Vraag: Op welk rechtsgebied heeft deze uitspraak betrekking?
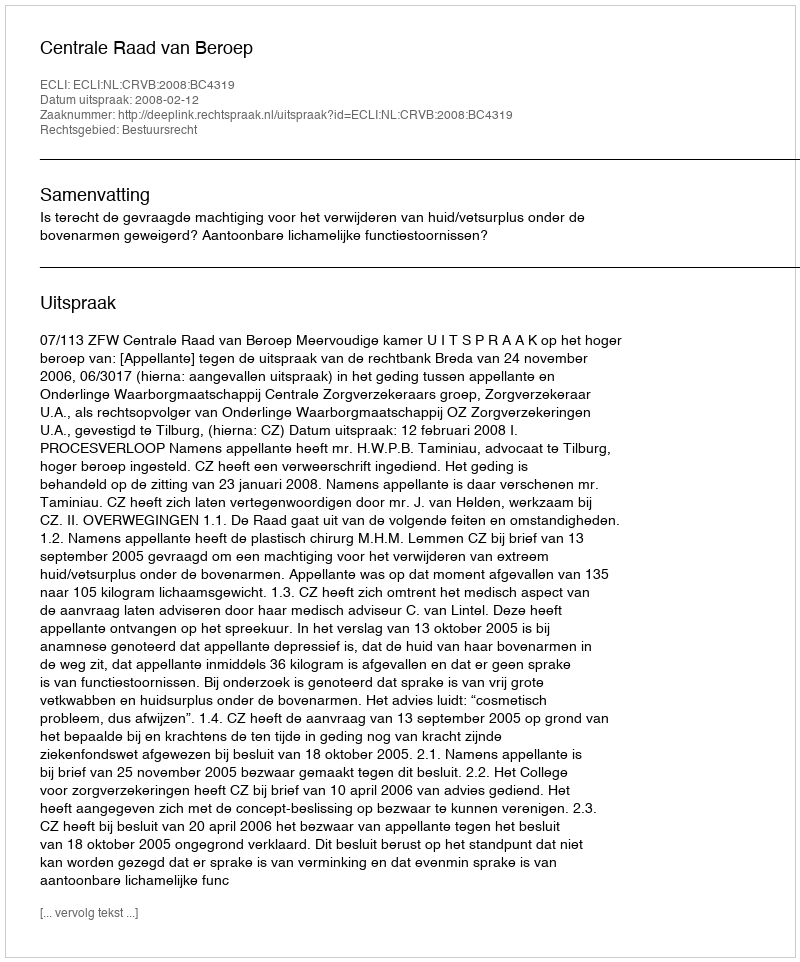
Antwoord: Bestuursrecht